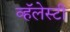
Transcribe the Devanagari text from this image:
व्हॅलेस्टी